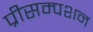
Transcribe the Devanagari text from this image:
प्रीसम्पशन